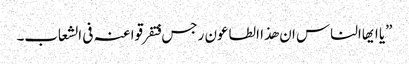
”یا ایھاالناس ان ھذا الطاعون رجس فتفرقوا عنہ فی الشعاب۔